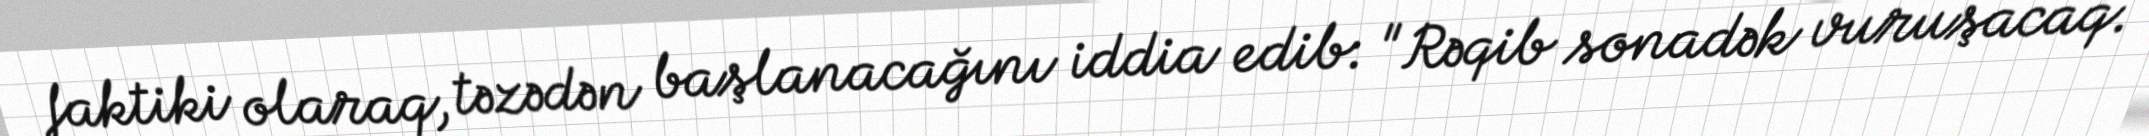
faktiki olaraq, təzədən başlanacağını iddia edib: "Rəqib sonadək vuruşacaq.